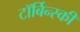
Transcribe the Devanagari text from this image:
टॉर्बिन्स्की